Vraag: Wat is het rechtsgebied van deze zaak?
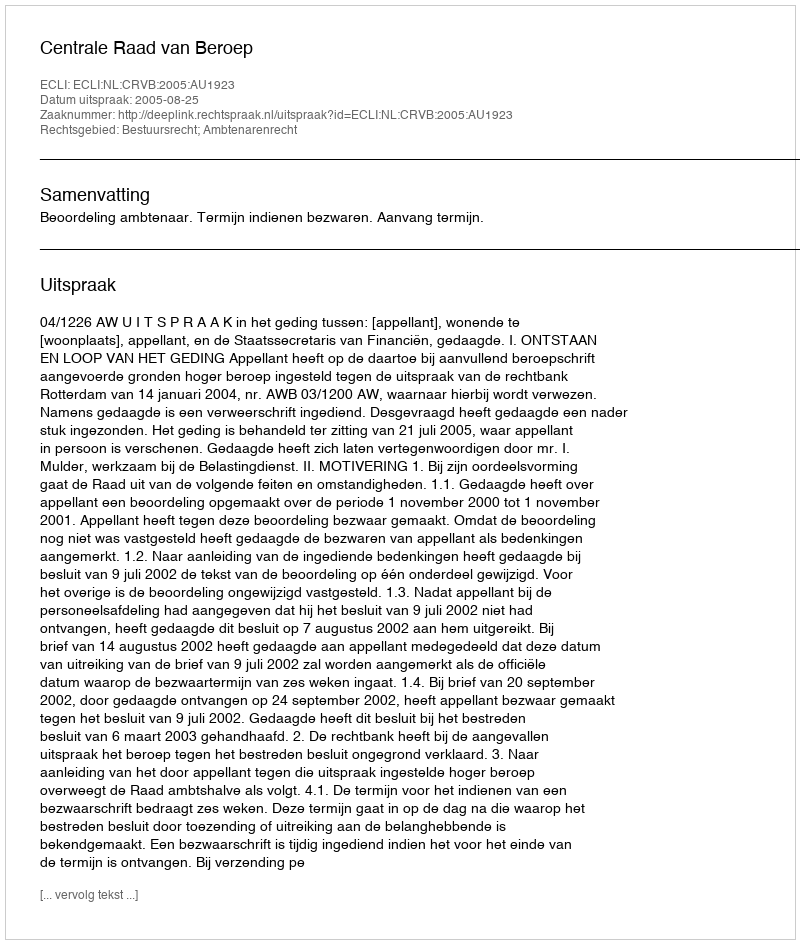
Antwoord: Bestuursrecht; Ambtenarenrecht